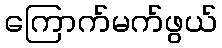
ကြောက်မက်ဖွယ်